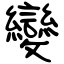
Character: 變